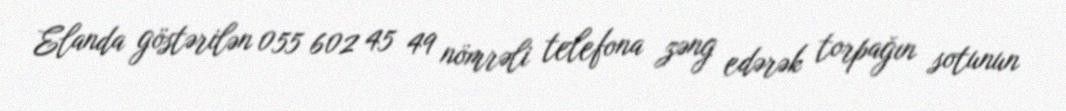
Elanda göstərilən 055 602 45 49 nömrəli telefona zəng edərək torpağın sotunun